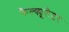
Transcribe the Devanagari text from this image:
कैल्क्यूलेटर